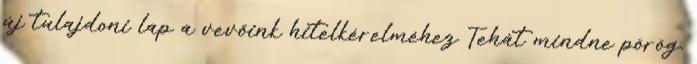
új tulajdoni lap a vevőink hitelkérelméhez Tehát mindne pörög.